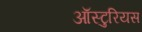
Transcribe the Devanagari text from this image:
ऑस्टुरियस